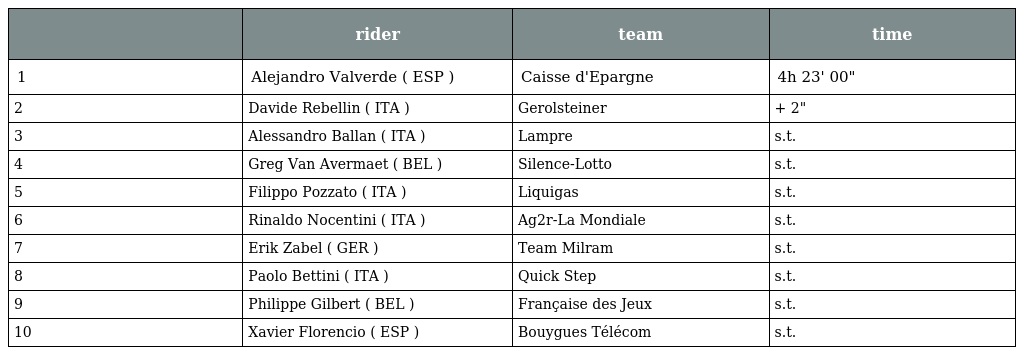
|  | rider | team | time |
 | --- | --- | --- | --- |
 | 1 | Alejandro Valverde ( ESP ) | Caisse d'Epargne | 4h 23' 00" |
 | 2 | Davide Rebellin ( ITA ) | Gerolsteiner | + 2" |
 | 3 | Alessandro Ballan ( ITA ) | Lampre | s.t. |
 | 4 | Greg Van Avermaet ( BEL ) | Silence-Lotto | s.t. |
 | 5 | Filippo Pozzato ( ITA ) | Liquigas | s.t. |
 | 6 | Rinaldo Nocentini ( ITA ) | Ag2r-La Mondiale | s.t. |
 | 7 | Erik Zabel ( GER ) | Team Milram | s.t. |
 | 8 | Paolo Bettini ( ITA ) | Quick Step | s.t. |
 | 9 | Philippe Gilbert ( BEL ) | Française des Jeux | s.t. |
 | 10 | Xavier Florencio ( ESP ) | Bouygues Télécom | s.t. |